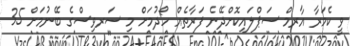
ވީ ކެމަރާ އާރމް ސަޕްލައިކޮށްދޭނެ ފަރާތެއް ހޯދުމަށް މި ސަރވިސްގެ ބޭނުމަށް 35